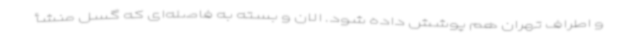
و اطراف تهران هم پوشش داده شود. الان و بسته به فاصله‌‌ای که گسل منشأ